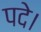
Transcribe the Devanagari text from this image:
पदे।